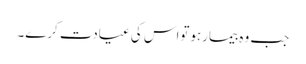
جب وہ بیمارہوتواس کی عیادت کرے۔